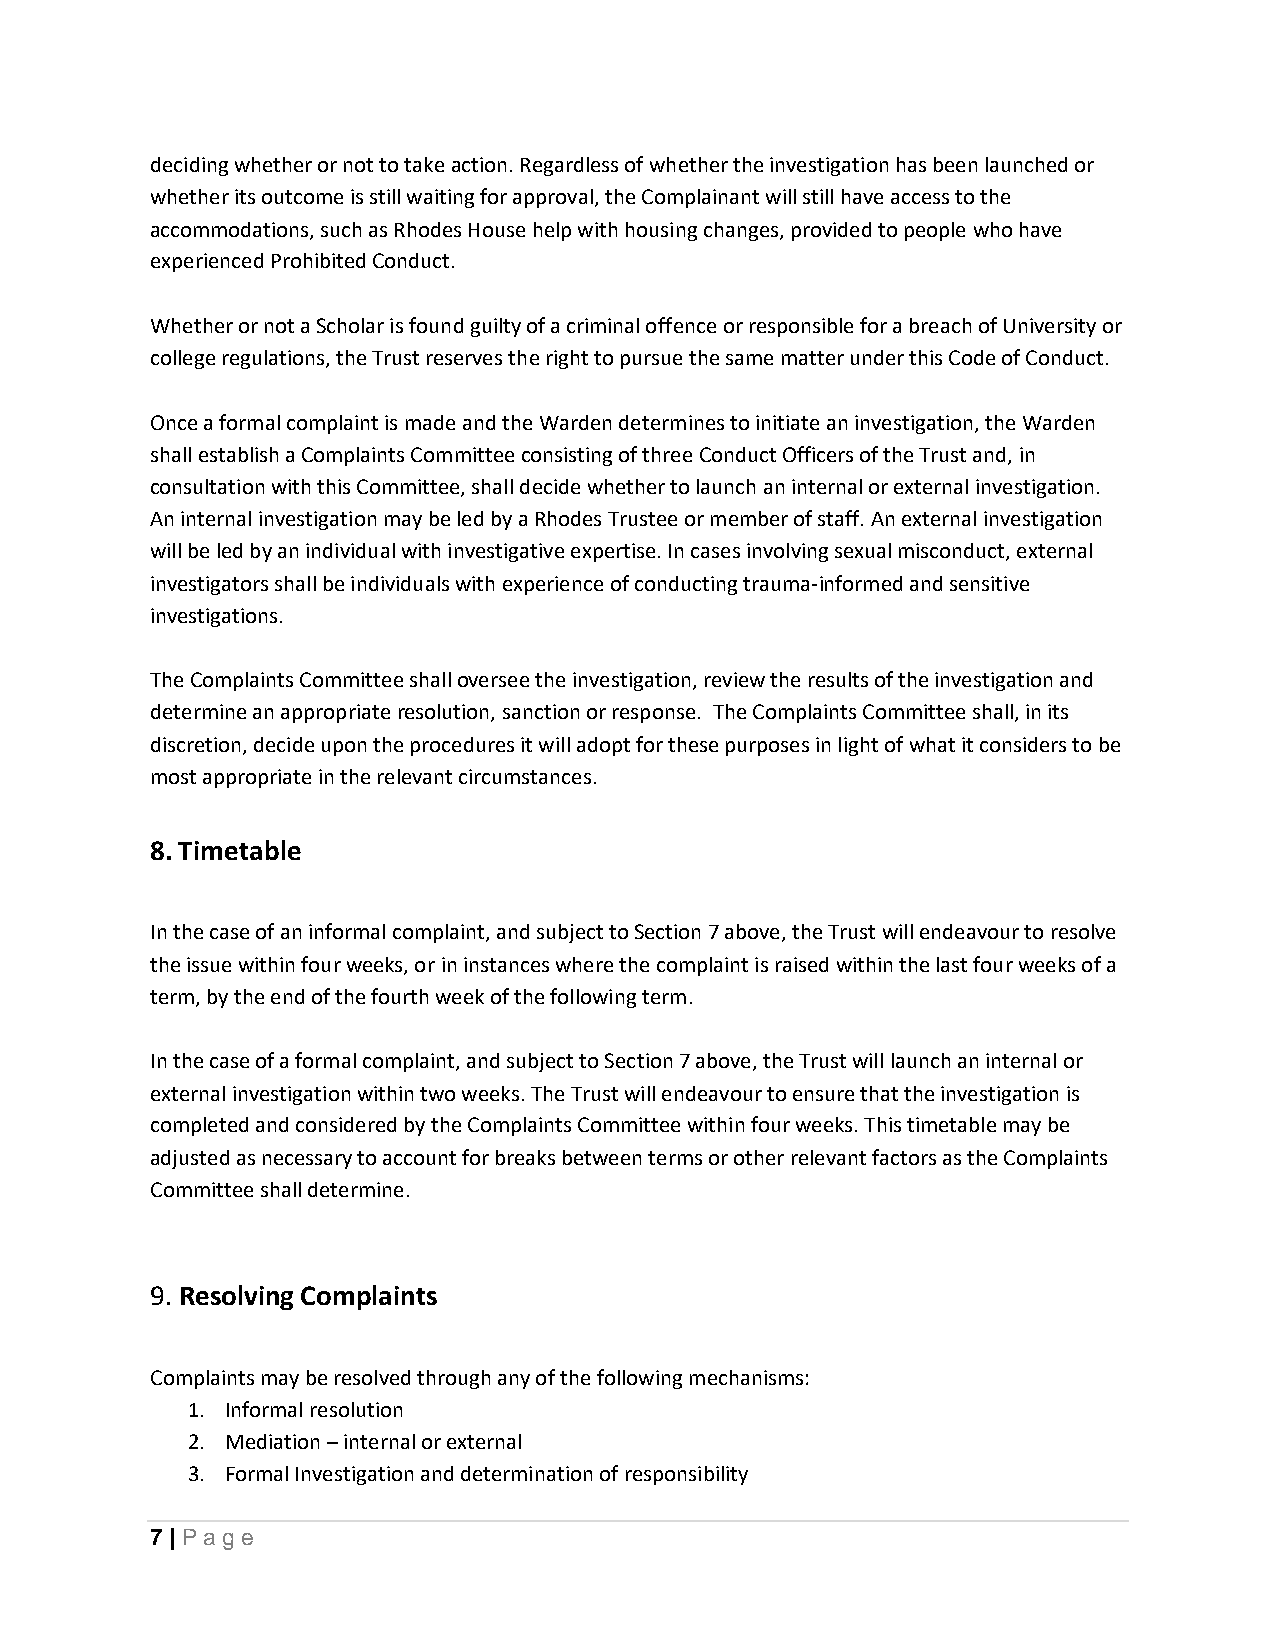
deciding whether or not to take action. Regardless of whether the investigation has been launched or
 whether its outcome is still waiting for approval, the Complainant will still have access to the
 accommodations, such as Rhodes House help with housing changes, provided to people who have
 experienced Prohibited Conduct.
 Whether or not a Scholar is found guilty of a criminal offence or responsible for a breach of University or
 college regulations, the Trust reserves the right to pursue the same matter under this Code of Conduct.
 Once a formal complaint is made and the Warden determines to initiate an investigation, the Warden
 shall establish a Complaints Committee consisting of three Conduct Officers of the Trust and, in
 consultation with this Committee, shall decide whether to launch an internal or external investigation.
 An internal investigation may be led by a Rhodes Trustee or member of staff. An external investigation
 will be led by an individual with investigative expertise. In cases involving sexual misconduct, external
 investigators shall be individuals with experience of conducting trauma-informed and sensitive
 investigations.
 The Complaints Committee shall oversee the investigation, review the results of the investigation and
 determine an appropriate resolution, sanction or response. The Complaints Committee shall, in its
 discretion, decide upon the procedures it will adopt for these purposes in light of what it considers to be
 most appropriate in the relevant circumstances.
 8. Timetable
 In the case of an informal complaint, and subject to Section 7 above, the Trust will endeavour to resolve
 the issue within four weeks, or in instances where the complaint is raised within the last four weeks of a
 term, by the end of the fourth week of the following term.
 In the case of a formal complaint, and subject to Section 7 above, the Trust will launch an internal or
 external investigation within two weeks. The Trust will endeavour to ensure that the investigation is
 completed and considered by the Complaints Committee within four weeks. This timetable may be
 adjusted as necessary to account for breaks between terms or other relevant factors as the Complaints
 Committee shall determine.
 9. Resolving Complaints
 Complaints may be resolved through any of the following mechanisms:
 1. Informal resolution
 2. Mediation – internal or external
 3. Formal Investigation and determination of responsibility
 7 | Pa ge